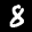
Label: 8